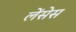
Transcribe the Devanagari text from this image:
लेंसेस